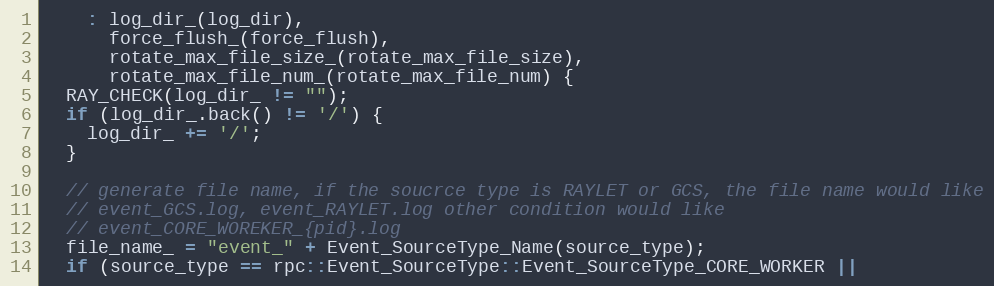
Language: C++
    : log_dir_(log_dir),
      force_flush_(force_flush),
      rotate_max_file_size_(rotate_max_file_size),
      rotate_max_file_num_(rotate_max_file_num) {
  RAY_CHECK(log_dir_ != "");
  if (log_dir_.back() != '/') {
    log_dir_ += '/';
  }

  // generate file name, if the soucrce type is RAYLET or GCS, the file name would like
  // event_GCS.log, event_RAYLET.log other condition would like
  // event_CORE_WOREKER_{pid}.log
  file_name_ = "event_" + Event_SourceType_Name(source_type);
  if (source_type == rpc::Event_SourceType::Event_SourceType_CORE_WORKER ||